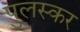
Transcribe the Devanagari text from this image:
पुलस्कर